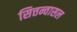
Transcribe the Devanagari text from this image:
सित्तन्वासल